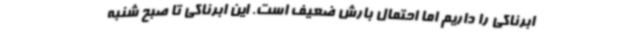
ابرناکی را داریم اما احتمال بارش ضعیف است. این ابرناکی تا صبح شنبه